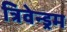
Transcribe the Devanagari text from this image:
त्रिवेन्ड्रम